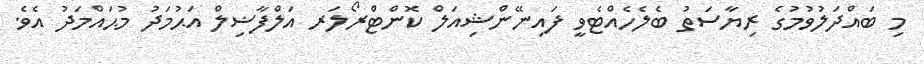
މި ބައްދަލުވުމުގެ ރިޔާސަތު ބެލެހެއްޓެވީ ފައިނޭންޝިއަލް ކޮންޓްރޯލަރ އަލްފާޟިލް އަޙުމަދު މުޙައްމަދު އެވެ.